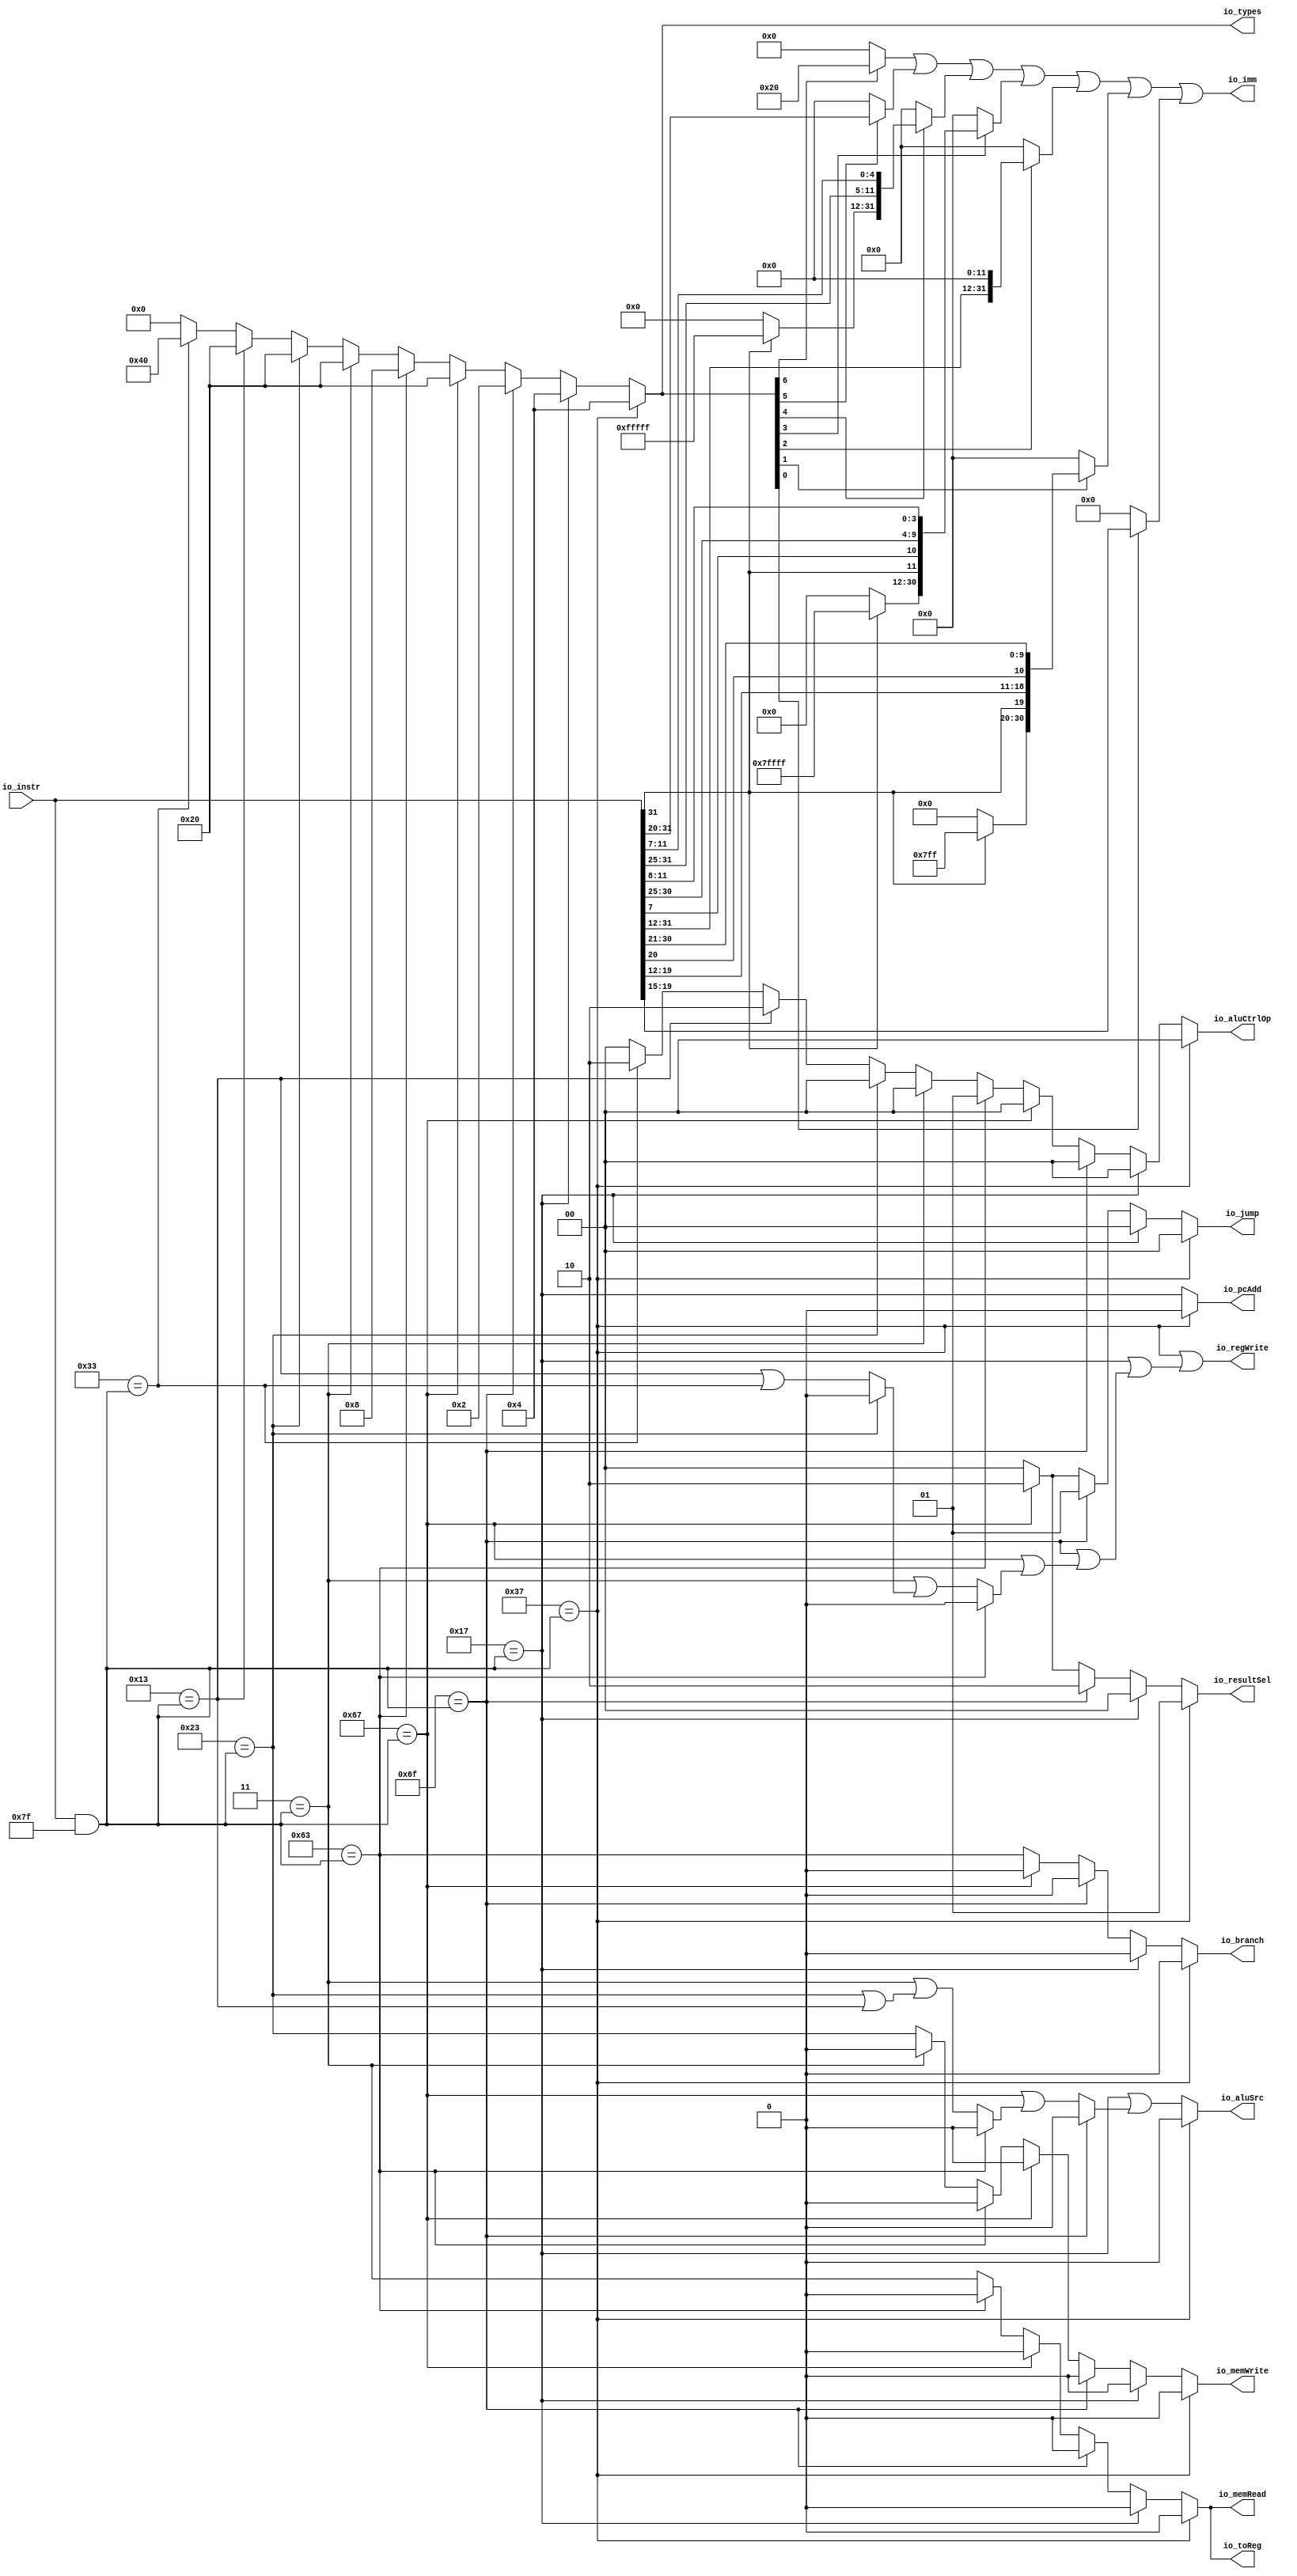
module Decode(
  input  [31:0] io_instr,
  output        io_branch,
  output [1:0]  io_jump,
  output        io_memRead,
  output        io_memWrite,
  output        io_regWrite,
  output        io_toReg,
  output [1:0]  io_resultSel,
  output        io_aluSrc,
  output        io_pcAdd,
  output [6:0]  io_types,
  output [1:0]  io_aluCtrlOp,
  output [31:0] io_imm
);
  wire [31:0] _signals_T = io_instr & 32'h7f; // @[Lookup.scala 31:38]
  wire  _signals_T_1 = 32'h37 == _signals_T; // @[Lookup.scala 31:38]
  wire  _signals_T_3 = 32'h17 == _signals_T; // @[Lookup.scala 31:38]
  wire  _signals_T_5 = 32'h6f == _signals_T; // @[Lookup.scala 31:38]
  wire  _signals_T_7 = 32'h67 == _signals_T; // @[Lookup.scala 31:38]
  wire  _signals_T_9 = 32'h63 == _signals_T; // @[Lookup.scala 31:38]
  wire  _signals_T_11 = 32'h3 == _signals_T; // @[Lookup.scala 31:38]
  wire  _signals_T_13 = 32'h23 == _signals_T; // @[Lookup.scala 31:38]
  wire  _signals_T_15 = 32'h13 == _signals_T; // @[Lookup.scala 31:38]
  wire  _signals_T_17 = 32'h33 == _signals_T; // @[Lookup.scala 31:38]
  wire  _signals_T_23 = _signals_T_7 ? 1'h0 : _signals_T_9; // @[Lookup.scala 33:37]
  wire  _signals_T_24 = _signals_T_5 ? 1'h0 : _signals_T_23; // @[Lookup.scala 33:37]
  wire  _signals_T_25 = _signals_T_3 ? 1'h0 : _signals_T_24; // @[Lookup.scala 33:37]
  wire [1:0] _signals_T_31 = _signals_T_7 ? 2'h2 : 2'h0; // @[Lookup.scala 33:37]
  wire [1:0] _signals_T_32 = _signals_T_5 ? 2'h1 : _signals_T_31; // @[Lookup.scala 33:37]
  wire [1:0] _signals_T_33 = _signals_T_3 ? 2'h0 : _signals_T_32; // @[Lookup.scala 33:37]
  wire  _signals_T_38 = _signals_T_9 ? 1'h0 : _signals_T_11; // @[Lookup.scala 33:37]
  wire  _signals_T_39 = _signals_T_7 ? 1'h0 : _signals_T_38; // @[Lookup.scala 33:37]
  wire  _signals_T_40 = _signals_T_5 ? 1'h0 : _signals_T_39; // @[Lookup.scala 33:37]
  wire  _signals_T_41 = _signals_T_3 ? 1'h0 : _signals_T_40; // @[Lookup.scala 33:37]
  wire  _signals_T_45 = _signals_T_11 ? 1'h0 : _signals_T_13; // @[Lookup.scala 33:37]
  wire  _signals_T_46 = _signals_T_9 ? 1'h0 : _signals_T_45; // @[Lookup.scala 33:37]
  wire  _signals_T_47 = _signals_T_7 ? 1'h0 : _signals_T_46; // @[Lookup.scala 33:37]
  wire  _signals_T_48 = _signals_T_5 ? 1'h0 : _signals_T_47; // @[Lookup.scala 33:37]
  wire  _signals_T_49 = _signals_T_3 ? 1'h0 : _signals_T_48; // @[Lookup.scala 33:37]
  wire  _signals_T_52 = _signals_T_13 ? 1'h0 : _signals_T_15 | _signals_T_17; // @[Lookup.scala 33:37]
  wire  _signals_T_54 = _signals_T_9 ? 1'h0 : _signals_T_11 | _signals_T_52; // @[Lookup.scala 33:37]
  wire [1:0] _signals_T_72 = _signals_T_5 ? 2'h2 : _signals_T_31; // @[Lookup.scala 33:37]
  wire [1:0] _signals_T_73 = _signals_T_3 ? 2'h0 : _signals_T_72; // @[Lookup.scala 33:37]
  wire  _signals_T_78 = _signals_T_9 ? 1'h0 : _signals_T_11 | (_signals_T_13 | _signals_T_15); // @[Lookup.scala 33:37]
  wire  _signals_T_80 = _signals_T_5 ? 1'h0 : _signals_T_7 | _signals_T_78; // @[Lookup.scala 33:37]
  wire [6:0] _signals_T_90 = _signals_T_17 ? 7'h40 : 7'h0; // @[Lookup.scala 33:37]
  wire [6:0] _signals_T_91 = _signals_T_15 ? 7'h20 : _signals_T_90; // @[Lookup.scala 33:37]
  wire [6:0] _signals_T_92 = _signals_T_13 ? 7'h20 : _signals_T_91; // @[Lookup.scala 33:37]
  wire [6:0] _signals_T_93 = _signals_T_11 ? 7'h20 : _signals_T_92; // @[Lookup.scala 33:37]
  wire [6:0] _signals_T_94 = _signals_T_9 ? 7'h8 : _signals_T_93; // @[Lookup.scala 33:37]
  wire [6:0] _signals_T_95 = _signals_T_7 ? 7'h20 : _signals_T_94; // @[Lookup.scala 33:37]
  wire [6:0] _signals_T_96 = _signals_T_5 ? 7'h2 : _signals_T_95; // @[Lookup.scala 33:37]
  wire [6:0] _signals_T_97 = _signals_T_3 ? 7'h4 : _signals_T_96; // @[Lookup.scala 33:37]
  wire [1:0] _signals_T_98 = _signals_T_17 ? 2'h2 : 2'h0; // @[Lookup.scala 33:37]
  wire [1:0] _signals_T_99 = _signals_T_15 ? 2'h2 : _signals_T_98; // @[Lookup.scala 33:37]
  wire [1:0] _signals_T_100 = _signals_T_13 ? 2'h0 : _signals_T_99; // @[Lookup.scala 33:37]
  wire [1:0] _signals_T_101 = _signals_T_11 ? 2'h0 : _signals_T_100; // @[Lookup.scala 33:37]
  wire [1:0] _signals_T_102 = _signals_T_9 ? 2'h1 : _signals_T_101; // @[Lookup.scala 33:37]
  wire [1:0] _signals_T_103 = _signals_T_7 ? 2'h0 : _signals_T_102; // @[Lookup.scala 33:37]
  wire [1:0] _signals_T_104 = _signals_T_5 ? 2'h0 : _signals_T_103; // @[Lookup.scala 33:37]
  wire [1:0] _signals_T_105 = _signals_T_3 ? 2'h0 : _signals_T_104; // @[Lookup.scala 33:37]
  wire [11:0] _io_imm_T_4 = io_instr[31:20]; // @[Decode.scala 71:58]
  wire [19:0] io_imm_hi_hi = io_instr[31] ? 20'hfffff : 20'h0; // @[Bitwise.scala 72:12]
  wire [6:0] io_imm_hi_lo = io_instr[31:25]; // @[Decode.scala 72:70]
  wire [4:0] io_imm_lo = io_instr[11:7]; // @[Decode.scala 72:88]
  wire [31:0] _io_imm_T_8 = {io_imm_hi_hi,io_imm_hi_lo,io_imm_lo}; // @[Cat.scala 30:58]
  wire [18:0] io_imm_hi_hi_hi = io_instr[31] ? 19'h7ffff : 19'h0; // @[Bitwise.scala 72:12]
  wire  io_imm_hi_lo_1 = io_instr[7]; // @[Decode.scala 73:84]
  wire [5:0] io_imm_lo_hi = io_instr[30:25]; // @[Decode.scala 73:97]
  wire [3:0] io_imm_lo_lo = io_instr[11:8]; // @[Decode.scala 73:115]
  wire [30:0] _io_imm_T_12 = {io_imm_hi_hi_hi,io_instr[31],io_imm_hi_lo_1,io_imm_lo_hi,io_imm_lo_lo}; // @[Cat.scala 30:58]
  wire [19:0] io_imm_hi_2 = io_instr[31:12]; // @[Decode.scala 74:46]
  wire [31:0] _io_imm_T_14 = {io_imm_hi_2,12'h0}; // @[Cat.scala 30:58]
  wire [10:0] io_imm_hi_hi_hi_1 = io_instr[31] ? 11'h7ff : 11'h0; // @[Bitwise.scala 72:12]
  wire [7:0] io_imm_hi_lo_2 = io_instr[19:12]; // @[Decode.scala 75:84]
  wire  io_imm_lo_hi_1 = io_instr[20]; // @[Decode.scala 75:102]
  wire [9:0] io_imm_lo_lo_1 = io_instr[30:21]; // @[Decode.scala 75:116]
  wire [30:0] _io_imm_T_18 = {io_imm_hi_hi_hi_1,io_instr[31],io_imm_hi_lo_2,io_imm_lo_hi_1,io_imm_lo_lo_1}; // @[Cat.scala 30:58]
  wire [5:0] _io_imm_T_22 = {1'b0,$signed(io_instr[19:15])}; // @[Decode.scala 76:56]
  wire [5:0] _io_imm_T_23 = io_types[6] ? 6'h20 : 6'h0; // @[Mux.scala 27:72]
  wire [11:0] _io_imm_T_24 = io_types[5] ? _io_imm_T_4 : 12'h0; // @[Mux.scala 27:72]
  wire [31:0] _io_imm_T_25 = io_types[4] ? _io_imm_T_8 : 32'h0; // @[Mux.scala 27:72]
  wire [30:0] _io_imm_T_26 = io_types[3] ? _io_imm_T_12 : 31'h0; // @[Mux.scala 27:72]
  wire [31:0] _io_imm_T_27 = io_types[2] ? _io_imm_T_14 : 32'h0; // @[Mux.scala 27:72]
  wire [30:0] _io_imm_T_28 = io_types[1] ? _io_imm_T_18 : 31'h0; // @[Mux.scala 27:72]
  wire [5:0] _io_imm_T_29 = io_types[0] ? _io_imm_T_22 : 6'h0; // @[Mux.scala 27:72]
  wire [11:0] _GEN_0 = {{6'd0}, _io_imm_T_23}; // @[Mux.scala 27:72]
  wire [11:0] _io_imm_T_30 = _GEN_0 | _io_imm_T_24; // @[Mux.scala 27:72]
  wire [31:0] _GEN_1 = {{20'd0}, _io_imm_T_30}; // @[Mux.scala 27:72]
  wire [31:0] _io_imm_T_31 = _GEN_1 | _io_imm_T_25; // @[Mux.scala 27:72]
  wire [31:0] _GEN_2 = {{1'd0}, _io_imm_T_26}; // @[Mux.scala 27:72]
  wire [31:0] _io_imm_T_32 = _io_imm_T_31 | _GEN_2; // @[Mux.scala 27:72]
  wire [31:0] _io_imm_T_33 = _io_imm_T_32 | _io_imm_T_27; // @[Mux.scala 27:72]
  wire [31:0] _GEN_3 = {{1'd0}, _io_imm_T_28}; // @[Mux.scala 27:72]
  wire [31:0] _io_imm_T_34 = _io_imm_T_33 | _GEN_3; // @[Mux.scala 27:72]
  wire [31:0] _GEN_4 = {{26'd0}, _io_imm_T_29}; // @[Mux.scala 27:72]
  assign io_branch = _signals_T_1 ? 1'h0 : _signals_T_25; // @[Lookup.scala 33:37]
  assign io_jump = _signals_T_1 ? 2'h0 : _signals_T_33; // @[Lookup.scala 33:37]
  assign io_memRead = _signals_T_1 ? 1'h0 : _signals_T_41; // @[Lookup.scala 33:37]
  assign io_memWrite = _signals_T_1 ? 1'h0 : _signals_T_49; // @[Lookup.scala 33:37]
  assign io_regWrite = _signals_T_1 | (_signals_T_3 | (_signals_T_5 | (_signals_T_7 | _signals_T_54))); // @[Lookup.scala 33:37]
  assign io_toReg = _signals_T_1 ? 1'h0 : _signals_T_41; // @[Lookup.scala 33:37]
  assign io_resultSel = _signals_T_1 ? 2'h1 : _signals_T_73; // @[Lookup.scala 33:37]
  assign io_aluSrc = _signals_T_1 ? 1'h0 : _signals_T_3 | _signals_T_80; // @[Lookup.scala 33:37]
  assign io_pcAdd = _signals_T_1 ? 1'h0 : _signals_T_3; // @[Lookup.scala 33:37]
  assign io_types = _signals_T_1 ? 7'h4 : _signals_T_97; // @[Lookup.scala 33:37]
  assign io_aluCtrlOp = _signals_T_1 ? 2'h0 : _signals_T_105; // @[Lookup.scala 33:37]
  assign io_imm = _io_imm_T_34 | _GEN_4; // @[Mux.scala 27:72]
endmodule
module RegFile(
  input         clock,
  input         reset,
  input  [4:0]  io_regRAddr1,
  input  [4:0]  io_regRAddr2,
  input  [4:0]  io_regWAddr,
  input  [31:0] io_regWData,
  input         io_wen,
  output [31:0] io_regRData1,
  output [31:0] io_regRData2
);
`ifdef RANDOMIZE_REG_INIT
  reg [31:0] _RAND_0;
  reg [31:0] _RAND_1;
  reg [31:0] _RAND_2;
  reg [31:0] _RAND_3;
  reg [31:0] _RAND_4;
  reg [31:0] _RAND_5;
  reg [31:0] _RAND_6;
  reg [31:0] _RAND_7;
  reg [31:0] _RAND_8;
  reg [31:0] _RAND_9;
  reg [31:0] _RAND_10;
  reg [31:0] _RAND_11;
  reg [31:0] _RAND_12;
  reg [31:0] _RAND_13;
  reg [31:0] _RAND_14;
  reg [31:0] _RAND_15;
  reg [31:0] _RAND_16;
  reg [31:0] _RAND_17;
  reg [31:0] _RAND_18;
  reg [31:0] _RAND_19;
  reg [31:0] _RAND_20;
  reg [31:0] _RAND_21;
  reg [31:0] _RAND_22;
  reg [31:0] _RAND_23;
  reg [31:0] _RAND_24;
  reg [31:0] _RAND_25;
  reg [31:0] _RAND_26;
  reg [31:0] _RAND_27;
  reg [31:0] _RAND_28;
  reg [31:0] _RAND_29;
  reg [31:0] _RAND_30;
`endif // RANDOMIZE_REG_INIT
  reg [31:0] regs_0; // @[RegFile.scala 19:23]
  reg [31:0] regs_1; // @[RegFile.scala 19:23]
  reg [31:0] regs_2; // @[RegFile.scala 19:23]
  reg [31:0] regs_3; // @[RegFile.scala 19:23]
  reg [31:0] regs_4; // @[RegFile.scala 19:23]
  reg [31:0] regs_5; // @[RegFile.scala 19:23]
  reg [31:0] regs_6; // @[RegFile.scala 19:23]
  reg [31:0] regs_7; // @[RegFile.scala 19:23]
  reg [31:0] regs_8; // @[RegFile.scala 19:23]
  reg [31:0] regs_9; // @[RegFile.scala 19:23]
  reg [31:0] regs_10; // @[RegFile.scala 19:23]
  reg [31:0] regs_11; // @[RegFile.scala 19:23]
  reg [31:0] regs_12; // @[RegFile.scala 19:23]
  reg [31:0] regs_13; // @[RegFile.scala 19:23]
  reg [31:0] regs_14; // @[RegFile.scala 19:23]
  reg [31:0] regs_15; // @[RegFile.scala 19:23]
  reg [31:0] regs_16; // @[RegFile.scala 19:23]
  reg [31:0] regs_17; // @[RegFile.scala 19:23]
  reg [31:0] regs_18; // @[RegFile.scala 19:23]
  reg [31:0] regs_19; // @[RegFile.scala 19:23]
  reg [31:0] regs_20; // @[RegFile.scala 19:23]
  reg [31:0] regs_21; // @[RegFile.scala 19:23]
  reg [31:0] regs_22; // @[RegFile.scala 19:23]
  reg [31:0] regs_23; // @[RegFile.scala 19:23]
  reg [31:0] regs_24; // @[RegFile.scala 19:23]
  reg [31:0] regs_25; // @[RegFile.scala 19:23]
  reg [31:0] regs_26; // @[RegFile.scala 19:23]
  reg [31:0] regs_27; // @[RegFile.scala 19:23]
  reg [31:0] regs_28; // @[RegFile.scala 19:23]
  reg [31:0] regs_29; // @[RegFile.scala 19:23]
  reg [31:0] regs_30; // @[RegFile.scala 19:23]
  wire [31:0] _GEN_1 = 5'h1 == io_regRAddr1 ? regs_1 : regs_0; // @[RegFile.scala 21:24 RegFile.scala 21:24]
  wire [31:0] _GEN_2 = 5'h2 == io_regRAddr1 ? regs_2 : _GEN_1; // @[RegFile.scala 21:24 RegFile.scala 21:24]
  wire [31:0] _GEN_3 = 5'h3 == io_regRAddr1 ? regs_3 : _GEN_2; // @[RegFile.scala 21:24 RegFile.scala 21:24]
  wire [31:0] _GEN_4 = 5'h4 == io_regRAddr1 ? regs_4 : _GEN_3; // @[RegFile.scala 21:24 RegFile.scala 21:24]
  wire [31:0] _GEN_5 = 5'h5 == io_regRAddr1 ? regs_5 : _GEN_4; // @[RegFile.scala 21:24 RegFile.scala 21:24]
  wire [31:0] _GEN_6 = 5'h6 == io_regRAddr1 ? regs_6 : _GEN_5; // @[RegFile.scala 21:24 RegFile.scala 21:24]
  wire [31:0] _GEN_7 = 5'h7 == io_regRAddr1 ? regs_7 : _GEN_6; // @[RegFile.scala 21:24 RegFile.scala 21:24]
  wire [31:0] _GEN_8 = 5'h8 == io_regRAddr1 ? regs_8 : _GEN_7; // @[RegFile.scala 21:24 RegFile.scala 21:24]
  wire [31:0] _GEN_9 = 5'h9 == io_regRAddr1 ? regs_9 : _GEN_8; // @[RegFile.scala 21:24 RegFile.scala 21:24]
  wire [31:0] _GEN_10 = 5'ha == io_regRAddr1 ? regs_10 : _GEN_9; // @[RegFile.scala 21:24 RegFile.scala 21:24]
  wire [31:0] _GEN_11 = 5'hb == io_regRAddr1 ? regs_11 : _GEN_10; // @[RegFile.scala 21:24 RegFile.scala 21:24]
  wire [31:0] _GEN_12 = 5'hc == io_regRAddr1 ? regs_12 : _GEN_11; // @[RegFile.scala 21:24 RegFile.scala 21:24]
  wire [31:0] _GEN_13 = 5'hd == io_regRAddr1 ? regs_13 : _GEN_12; // @[RegFile.scala 21:24 RegFile.scala 21:24]
  wire [31:0] _GEN_14 = 5'he == io_regRAddr1 ? regs_14 : _GEN_13; // @[RegFile.scala 21:24 RegFile.scala 21:24]
  wire [31:0] _GEN_15 = 5'hf == io_regRAddr1 ? regs_15 : _GEN_14; // @[RegFile.scala 21:24 RegFile.scala 21:24]
  wire [31:0] _GEN_16 = 5'h10 == io_regRAddr1 ? regs_16 : _GEN_15; // @[RegFile.scala 21:24 RegFile.scala 21:24]
  wire [31:0] _GEN_17 = 5'h11 == io_regRAddr1 ? regs_17 : _GEN_16; // @[RegFile.scala 21:24 RegFile.scala 21:24]
  wire [31:0] _GEN_18 = 5'h12 == io_regRAddr1 ? regs_18 : _GEN_17; // @[RegFile.scala 21:24 RegFile.scala 21:24]
  wire [31:0] _GEN_19 = 5'h13 == io_regRAddr1 ? regs_19 : _GEN_18; // @[RegFile.scala 21:24 RegFile.scala 21:24]
  wire [31:0] _GEN_20 = 5'h14 == io_regRAddr1 ? regs_20 : _GEN_19; // @[RegFile.scala 21:24 RegFile.scala 21:24]
  wire [31:0] _GEN_21 = 5'h15 == io_regRAddr1 ? regs_21 : _GEN_20; // @[RegFile.scala 21:24 RegFile.scala 21:24]
  wire [31:0] _GEN_22 = 5'h16 == io_regRAddr1 ? regs_22 : _GEN_21; // @[RegFile.scala 21:24 RegFile.scala 21:24]
  wire [31:0] _GEN_23 = 5'h17 == io_regRAddr1 ? regs_23 : _GEN_22; // @[RegFile.scala 21:24 RegFile.scala 21:24]
  wire [31:0] _GEN_24 = 5'h18 == io_regRAddr1 ? regs_24 : _GEN_23; // @[RegFile.scala 21:24 RegFile.scala 21:24]
  wire [31:0] _GEN_25 = 5'h19 == io_regRAddr1 ? regs_25 : _GEN_24; // @[RegFile.scala 21:24 RegFile.scala 21:24]
  wire [31:0] _GEN_26 = 5'h1a == io_regRAddr1 ? regs_26 : _GEN_25; // @[RegFile.scala 21:24 RegFile.scala 21:24]
  wire [31:0] _GEN_27 = 5'h1b == io_regRAddr1 ? regs_27 : _GEN_26; // @[RegFile.scala 21:24 RegFile.scala 21:24]
  wire [31:0] _GEN_28 = 5'h1c == io_regRAddr1 ? regs_28 : _GEN_27; // @[RegFile.scala 21:24 RegFile.scala 21:24]
  wire [31:0] _GEN_29 = 5'h1d == io_regRAddr1 ? regs_29 : _GEN_28; // @[RegFile.scala 21:24 RegFile.scala 21:24]
  wire [31:0] _GEN_30 = 5'h1e == io_regRAddr1 ? regs_30 : _GEN_29; // @[RegFile.scala 21:24 RegFile.scala 21:24]
  wire [31:0] _GEN_32 = 5'h1 == io_regRAddr2 ? regs_1 : regs_0; // @[RegFile.scala 22:24 RegFile.scala 22:24]
  wire [31:0] _GEN_33 = 5'h2 == io_regRAddr2 ? regs_2 : _GEN_32; // @[RegFile.scala 22:24 RegFile.scala 22:24]
  wire [31:0] _GEN_34 = 5'h3 == io_regRAddr2 ? regs_3 : _GEN_33; // @[RegFile.scala 22:24 RegFile.scala 22:24]
  wire [31:0] _GEN_35 = 5'h4 == io_regRAddr2 ? regs_4 : _GEN_34; // @[RegFile.scala 22:24 RegFile.scala 22:24]
  wire [31:0] _GEN_36 = 5'h5 == io_regRAddr2 ? regs_5 : _GEN_35; // @[RegFile.scala 22:24 RegFile.scala 22:24]
  wire [31:0] _GEN_37 = 5'h6 == io_regRAddr2 ? regs_6 : _GEN_36; // @[RegFile.scala 22:24 RegFile.scala 22:24]
  wire [31:0] _GEN_38 = 5'h7 == io_regRAddr2 ? regs_7 : _GEN_37; // @[RegFile.scala 22:24 RegFile.scala 22:24]
  wire [31:0] _GEN_39 = 5'h8 == io_regRAddr2 ? regs_8 : _GEN_38; // @[RegFile.scala 22:24 RegFile.scala 22:24]
  wire [31:0] _GEN_40 = 5'h9 == io_regRAddr2 ? regs_9 : _GEN_39; // @[RegFile.scala 22:24 RegFile.scala 22:24]
  wire [31:0] _GEN_41 = 5'ha == io_regRAddr2 ? regs_10 : _GEN_40; // @[RegFile.scala 22:24 RegFile.scala 22:24]
  wire [31:0] _GEN_42 = 5'hb == io_regRAddr2 ? regs_11 : _GEN_41; // @[RegFile.scala 22:24 RegFile.scala 22:24]
  wire [31:0] _GEN_43 = 5'hc == io_regRAddr2 ? regs_12 : _GEN_42; // @[RegFile.scala 22:24 RegFile.scala 22:24]
  wire [31:0] _GEN_44 = 5'hd == io_regRAddr2 ? regs_13 : _GEN_43; // @[RegFile.scala 22:24 RegFile.scala 22:24]
  wire [31:0] _GEN_45 = 5'he == io_regRAddr2 ? regs_14 : _GEN_44; // @[RegFile.scala 22:24 RegFile.scala 22:24]
  wire [31:0] _GEN_46 = 5'hf == io_regRAddr2 ? regs_15 : _GEN_45; // @[RegFile.scala 22:24 RegFile.scala 22:24]
  wire [31:0] _GEN_47 = 5'h10 == io_regRAddr2 ? regs_16 : _GEN_46; // @[RegFile.scala 22:24 RegFile.scala 22:24]
  wire [31:0] _GEN_48 = 5'h11 == io_regRAddr2 ? regs_17 : _GEN_47; // @[RegFile.scala 22:24 RegFile.scala 22:24]
  wire [31:0] _GEN_49 = 5'h12 == io_regRAddr2 ? regs_18 : _GEN_48; // @[RegFile.scala 22:24 RegFile.scala 22:24]
  wire [31:0] _GEN_50 = 5'h13 == io_regRAddr2 ? regs_19 : _GEN_49; // @[RegFile.scala 22:24 RegFile.scala 22:24]
  wire [31:0] _GEN_51 = 5'h14 == io_regRAddr2 ? regs_20 : _GEN_50; // @[RegFile.scala 22:24 RegFile.scala 22:24]
  wire [31:0] _GEN_52 = 5'h15 == io_regRAddr2 ? regs_21 : _GEN_51; // @[RegFile.scala 22:24 RegFile.scala 22:24]
  wire [31:0] _GEN_53 = 5'h16 == io_regRAddr2 ? regs_22 : _GEN_52; // @[RegFile.scala 22:24 RegFile.scala 22:24]
  wire [31:0] _GEN_54 = 5'h17 == io_regRAddr2 ? regs_23 : _GEN_53; // @[RegFile.scala 22:24 RegFile.scala 22:24]
  wire [31:0] _GEN_55 = 5'h18 == io_regRAddr2 ? regs_24 : _GEN_54; // @[RegFile.scala 22:24 RegFile.scala 22:24]
  wire [31:0] _GEN_56 = 5'h19 == io_regRAddr2 ? regs_25 : _GEN_55; // @[RegFile.scala 22:24 RegFile.scala 22:24]
  wire [31:0] _GEN_57 = 5'h1a == io_regRAddr2 ? regs_26 : _GEN_56; // @[RegFile.scala 22:24 RegFile.scala 22:24]
  wire [31:0] _GEN_58 = 5'h1b == io_regRAddr2 ? regs_27 : _GEN_57; // @[RegFile.scala 22:24 RegFile.scala 22:24]
  wire [31:0] _GEN_59 = 5'h1c == io_regRAddr2 ? regs_28 : _GEN_58; // @[RegFile.scala 22:24 RegFile.scala 22:24]
  wire [31:0] _GEN_60 = 5'h1d == io_regRAddr2 ? regs_29 : _GEN_59; // @[RegFile.scala 22:24 RegFile.scala 22:24]
  wire [31:0] _GEN_61 = 5'h1e == io_regRAddr2 ? regs_30 : _GEN_60; // @[RegFile.scala 22:24 RegFile.scala 22:24]
  assign io_regRData1 = |io_regRAddr1 ? _GEN_30 : 32'h0; // @[RegFile.scala 21:24]
  assign io_regRData2 = |io_regRAddr2 ? _GEN_61 : 32'h0; // @[RegFile.scala 22:24]
  always @(posedge clock) begin
    if (reset) begin // @[RegFile.scala 19:23]
      regs_0 <= 32'h0; // @[RegFile.scala 19:23]
    end else if (io_wen) begin // @[RegFile.scala 23:17]
      if (|io_regWAddr) begin // @[RegFile.scala 24:30]
        if (5'h0 == io_regWAddr) begin // @[RegFile.scala 25:31]
          regs_0 <= io_regWData; // @[RegFile.scala 25:31]
        end
      end
    end
    if (reset) begin // @[RegFile.scala 19:23]
      regs_1 <= 32'h0; // @[RegFile.scala 19:23]
    end else if (io_wen) begin // @[RegFile.scala 23:17]
      if (|io_regWAddr) begin // @[RegFile.scala 24:30]
        if (5'h1 == io_regWAddr) begin // @[RegFile.scala 25:31]
          regs_1 <= io_regWData; // @[RegFile.scala 25:31]
        end
      end
    end
    if (reset) begin // @[RegFile.scala 19:23]
      regs_2 <= 32'h0; // @[RegFile.scala 19:23]
    end else if (io_wen) begin // @[RegFile.scala 23:17]
      if (|io_regWAddr) begin // @[RegFile.scala 24:30]
        if (5'h2 == io_regWAddr) begin // @[RegFile.scala 25:31]
          regs_2 <= io_regWData; // @[RegFile.scala 25:31]
        end
      end
    end
    if (reset) begin // @[RegFile.scala 19:23]
      regs_3 <= 32'h0; // @[RegFile.scala 19:23]
    end else if (io_wen) begin // @[RegFile.scala 23:17]
      if (|io_regWAddr) begin // @[RegFile.scala 24:30]
        if (5'h3 == io_regWAddr) begin // @[RegFile.scala 25:31]
          regs_3 <= io_regWData; // @[RegFile.scala 25:31]
        end
      end
    end
    if (reset) begin // @[RegFile.scala 19:23]
      regs_4 <= 32'h0; // @[RegFile.scala 19:23]
    end else if (io_wen) begin // @[RegFile.scala 23:17]
      if (|io_regWAddr) begin // @[RegFile.scala 24:30]
        if (5'h4 == io_regWAddr) begin // @[RegFile.scala 25:31]
          regs_4 <= io_regWData; // @[RegFile.scala 25:31]
        end
      end
    end
    if (reset) begin // @[RegFile.scala 19:23]
      regs_5 <= 32'h0; // @[RegFile.scala 19:23]
    end else if (io_wen) begin // @[RegFile.scala 23:17]
      if (|io_regWAddr) begin // @[RegFile.scala 24:30]
        if (5'h5 == io_regWAddr) begin // @[RegFile.scala 25:31]
          regs_5 <= io_regWData; // @[RegFile.scala 25:31]
        end
      end
    end
    if (reset) begin // @[RegFile.scala 19:23]
      regs_6 <= 32'h0; // @[RegFile.scala 19:23]
    end else if (io_wen) begin // @[RegFile.scala 23:17]
      if (|io_regWAddr) begin // @[RegFile.scala 24:30]
        if (5'h6 == io_regWAddr) begin // @[RegFile.scala 25:31]
          regs_6 <= io_regWData; // @[RegFile.scala 25:31]
        end
      end
    end
    if (reset) begin // @[RegFile.scala 19:23]
      regs_7 <= 32'h0; // @[RegFile.scala 19:23]
    end else if (io_wen) begin // @[RegFile.scala 23:17]
      if (|io_regWAddr) begin // @[RegFile.scala 24:30]
        if (5'h7 == io_regWAddr) begin // @[RegFile.scala 25:31]
          regs_7 <= io_regWData; // @[RegFile.scala 25:31]
        end
      end
    end
    if (reset) begin // @[RegFile.scala 19:23]
      regs_8 <= 32'h0; // @[RegFile.scala 19:23]
    end else if (io_wen) begin // @[RegFile.scala 23:17]
      if (|io_regWAddr) begin // @[RegFile.scala 24:30]
        if (5'h8 == io_regWAddr) begin // @[RegFile.scala 25:31]
          regs_8 <= io_regWData; // @[RegFile.scala 25:31]
        end
      end
    end
    if (reset) begin // @[RegFile.scala 19:23]
      regs_9 <= 32'h0; // @[RegFile.scala 19:23]
    end else if (io_wen) begin // @[RegFile.scala 23:17]
      if (|io_regWAddr) begin // @[RegFile.scala 24:30]
        if (5'h9 == io_regWAddr) begin // @[RegFile.scala 25:31]
          regs_9 <= io_regWData; // @[RegFile.scala 25:31]
        end
      end
    end
    if (reset) begin // @[RegFile.scala 19:23]
      regs_10 <= 32'h0; // @[RegFile.scala 19:23]
    end else if (io_wen) begin // @[RegFile.scala 23:17]
      if (|io_regWAddr) begin // @[RegFile.scala 24:30]
        if (5'ha == io_regWAddr) begin // @[RegFile.scala 25:31]
          regs_10 <= io_regWData; // @[RegFile.scala 25:31]
        end
      end
    end
    if (reset) begin // @[RegFile.scala 19:23]
      regs_11 <= 32'h0; // @[RegFile.scala 19:23]
    end else if (io_wen) begin // @[RegFile.scala 23:17]
      if (|io_regWAddr) begin // @[RegFile.scala 24:30]
        if (5'hb == io_regWAddr) begin // @[RegFile.scala 25:31]
          regs_11 <= io_regWData; // @[RegFile.scala 25:31]
        end
      end
    end
    if (reset) begin // @[RegFile.scala 19:23]
      regs_12 <= 32'h0; // @[RegFile.scala 19:23]
    end else if (io_wen) begin // @[RegFile.scala 23:17]
      if (|io_regWAddr) begin // @[RegFile.scala 24:30]
        if (5'hc == io_regWAddr) begin // @[RegFile.scala 25:31]
          regs_12 <= io_regWData; // @[RegFile.scala 25:31]
        end
      end
    end
    if (reset) begin // @[RegFile.scala 19:23]
      regs_13 <= 32'h0; // @[RegFile.scala 19:23]
    end else if (io_wen) begin // @[RegFile.scala 23:17]
      if (|io_regWAddr) begin // @[RegFile.scala 24:30]
        if (5'hd == io_regWAddr) begin // @[RegFile.scala 25:31]
          regs_13 <= io_regWData; // @[RegFile.scala 25:31]
        end
      end
    end
    if (reset) begin // @[RegFile.scala 19:23]
      regs_14 <= 32'h0; // @[RegFile.scala 19:23]
    end else if (io_wen) begin // @[RegFile.scala 23:17]
      if (|io_regWAddr) begin // @[RegFile.scala 24:30]
        if (5'he == io_regWAddr) begin // @[RegFile.scala 25:31]
          regs_14 <= io_regWData; // @[RegFile.scala 25:31]
        end
      end
    end
    if (reset) begin // @[RegFile.scala 19:23]
      regs_15 <= 32'h0; // @[RegFile.scala 19:23]
    end else if (io_wen) begin // @[RegFile.scala 23:17]
      if (|io_regWAddr) begin // @[RegFile.scala 24:30]
        if (5'hf == io_regWAddr) begin // @[RegFile.scala 25:31]
          regs_15 <= io_regWData; // @[RegFile.scala 25:31]
        end
      end
    end
    if (reset) begin // @[RegFile.scala 19:23]
      regs_16 <= 32'h0; // @[RegFile.scala 19:23]
    end else if (io_wen) begin // @[RegFile.scala 23:17]
      if (|io_regWAddr) begin // @[RegFile.scala 24:30]
        if (5'h10 == io_regWAddr) begin // @[RegFile.scala 25:31]
          regs_16 <= io_regWData; // @[RegFile.scala 25:31]
        end
      end
    end
    if (reset) begin // @[RegFile.scala 19:23]
      regs_17 <= 32'h0; // @[RegFile.scala 19:23]
    end else if (io_wen) begin // @[RegFile.scala 23:17]
      if (|io_regWAddr) begin // @[RegFile.scala 24:30]
        if (5'h11 == io_regWAddr) begin // @[RegFile.scala 25:31]
          regs_17 <= io_regWData; // @[RegFile.scala 25:31]
        end
      end
    end
    if (reset) begin // @[RegFile.scala 19:23]
      regs_18 <= 32'h0; // @[RegFile.scala 19:23]
    end else if (io_wen) begin // @[RegFile.scala 23:17]
      if (|io_regWAddr) begin // @[RegFile.scala 24:30]
        if (5'h12 == io_regWAddr) begin // @[RegFile.scala 25:31]
          regs_18 <= io_regWData; // @[RegFile.scala 25:31]
        end
      end
    end
    if (reset) begin // @[RegFile.scala 19:23]
      regs_19 <= 32'h0; // @[RegFile.scala 19:23]
    end else if (io_wen) begin // @[RegFile.scala 23:17]
      if (|io_regWAddr) begin // @[RegFile.scala 24:30]
        if (5'h13 == io_regWAddr) begin // @[RegFile.scala 25:31]
          regs_19 <= io_regWData; // @[RegFile.scala 25:31]
        end
      end
    end
    if (reset) begin // @[RegFile.scala 19:23]
      regs_20 <= 32'h0; // @[RegFile.scala 19:23]
    end else if (io_wen) begin // @[RegFile.scala 23:17]
      if (|io_regWAddr) begin // @[RegFile.scala 24:30]
        if (5'h14 == io_regWAddr) begin // @[RegFile.scala 25:31]
          regs_20 <= io_regWData; // @[RegFile.scala 25:31]
        end
      end
    end
    if (reset) begin // @[RegFile.scala 19:23]
      regs_21 <= 32'h0; // @[RegFile.scala 19:23]
    end else if (io_wen) begin // @[RegFile.scala 23:17]
      if (|io_regWAddr) begin // @[RegFile.scala 24:30]
        if (5'h15 == io_regWAddr) begin // @[RegFile.scala 25:31]
          regs_21 <= io_regWData; // @[RegFile.scala 25:31]
        end
      end
    end
    if (reset) begin // @[RegFile.scala 19:23]
      regs_22 <= 32'h0; // @[RegFile.scala 19:23]
    end else if (io_wen) begin // @[RegFile.scala 23:17]
      if (|io_regWAddr) begin // @[RegFile.scala 24:30]
        if (5'h16 == io_regWAddr) begin // @[RegFile.scala 25:31]
          regs_22 <= io_regWData; // @[RegFile.scala 25:31]
        end
      end
    end
    if (reset) begin // @[RegFile.scala 19:23]
      regs_23 <= 32'h0; // @[RegFile.scala 19:23]
    end else if (io_wen) begin // @[RegFile.scala 23:17]
      if (|io_regWAddr) begin // @[RegFile.scala 24:30]
        if (5'h17 == io_regWAddr) begin // @[RegFile.scala 25:31]
          regs_23 <= io_regWData; // @[RegFile.scala 25:31]
        end
      end
    end
    if (reset) begin // @[RegFile.scala 19:23]
      regs_24 <= 32'h0; // @[RegFile.scala 19:23]
    end else if (io_wen) begin // @[RegFile.scala 23:17]
      if (|io_regWAddr) begin // @[RegFile.scala 24:30]
        if (5'h18 == io_regWAddr) begin // @[RegFile.scala 25:31]
          regs_24 <= io_regWData; // @[RegFile.scala 25:31]
        end
      end
    end
    if (reset) begin // @[RegFile.scala 19:23]
      regs_25 <= 32'h0; // @[RegFile.scala 19:23]
    end else if (io_wen) begin // @[RegFile.scala 23:17]
      if (|io_regWAddr) begin // @[RegFile.scala 24:30]
        if (5'h19 == io_regWAddr) begin // @[RegFile.scala 25:31]
          regs_25 <= io_regWData; // @[RegFile.scala 25:31]
        end
      end
    end
    if (reset) begin // @[RegFile.scala 19:23]
      regs_26 <= 32'h0; // @[RegFile.scala 19:23]
    end else if (io_wen) begin // @[RegFile.scala 23:17]
      if (|io_regWAddr) begin // @[RegFile.scala 24:30]
        if (5'h1a == io_regWAddr) begin // @[RegFile.scala 25:31]
          regs_26 <= io_regWData; // @[RegFile.scala 25:31]
        end
      end
    end
    if (reset) begin // @[RegFile.scala 19:23]
      regs_27 <= 32'h0; // @[RegFile.scala 19:23]
    end else if (io_wen) begin // @[RegFile.scala 23:17]
      if (|io_regWAddr) begin // @[RegFile.scala 24:30]
        if (5'h1b == io_regWAddr) begin // @[RegFile.scala 25:31]
          regs_27 <= io_regWData; // @[RegFile.scala 25:31]
        end
      end
    end
    if (reset) begin // @[RegFile.scala 19:23]
      regs_28 <= 32'h0; // @[RegFile.scala 19:23]
    end else if (io_wen) begin // @[RegFile.scala 23:17]
      if (|io_regWAddr) begin // @[RegFile.scala 24:30]
        if (5'h1c == io_regWAddr) begin // @[RegFile.scala 25:31]
          regs_28 <= io_regWData; // @[RegFile.scala 25:31]
        end
      end
    end
    if (reset) begin // @[RegFile.scala 19:23]
      regs_29 <= 32'h0; // @[RegFile.scala 19:23]
    end else if (io_wen) begin // @[RegFile.scala 23:17]
      if (|io_regWAddr) begin // @[RegFile.scala 24:30]
        if (5'h1d == io_regWAddr) begin // @[RegFile.scala 25:31]
          regs_29 <= io_regWData; // @[RegFile.scala 25:31]
        end
      end
    end
    if (reset) begin // @[RegFile.scala 19:23]
      regs_30 <= 32'h0; // @[RegFile.scala 19:23]
    end else if (io_wen) begin // @[RegFile.scala 23:17]
      if (|io_regWAddr) begin // @[RegFile.scala 24:30]
        if (5'h1e == io_regWAddr) begin // @[RegFile.scala 25:31]
          regs_30 <= io_regWData; // @[RegFile.scala 25:31]
        end
      end
    end
  end
// Register and memory initialization
`ifdef RANDOMIZE_GARBAGE_ASSIGN
`define RANDOMIZE
`endif
`ifdef RANDOMIZE_INVALID_ASSIGN
`define RANDOMIZE
`endif
`ifdef RANDOMIZE_REG_INIT
`define RANDOMIZE
`endif
`ifdef RANDOMIZE_MEM_INIT
`define RANDOMIZE
`endif
`ifndef RANDOM
`define RANDOM $random
`endif
`ifdef RANDOMIZE_MEM_INIT
  integer initvar;
`endif
`ifndef SYNTHESIS
`ifdef FIRRTL_BEFORE_INITIAL
`FIRRTL_BEFORE_INITIAL
`endif
initial begin
  `ifdef RANDOMIZE
    `ifdef INIT_RANDOM
      `INIT_RANDOM
    `endif
    `ifndef VERILATOR
      `ifdef RANDOMIZE_DELAY
        #`RANDOMIZE_DELAY begin end
      `else
        #0.002 begin end
      `endif
    `endif
`ifdef RANDOMIZE_REG_INIT
  _RAND_0 = {1{`RANDOM}};
  regs_0 = _RAND_0[31:0];
  _RAND_1 = {1{`RANDOM}};
  regs_1 = _RAND_1[31:0];
  _RAND_2 = {1{`RANDOM}};
  regs_2 = _RAND_2[31:0];
  _RAND_3 = {1{`RANDOM}};
  regs_3 = _RAND_3[31:0];
  _RAND_4 = {1{`RANDOM}};
  regs_4 = _RAND_4[31:0];
  _RAND_5 = {1{`RANDOM}};
  regs_5 = _RAND_5[31:0];
  _RAND_6 = {1{`RANDOM}};
  regs_6 = _RAND_6[31:0];
  _RAND_7 = {1{`RANDOM}};
  regs_7 = _RAND_7[31:0];
  _RAND_8 = {1{`RANDOM}};
  regs_8 = _RAND_8[31:0];
  _RAND_9 = {1{`RANDOM}};
  regs_9 = _RAND_9[31:0];
  _RAND_10 = {1{`RANDOM}};
  regs_10 = _RAND_10[31:0];
  _RAND_11 = {1{`RANDOM}};
  regs_11 = _RAND_11[31:0];
  _RAND_12 = {1{`RANDOM}};
  regs_12 = _RAND_12[31:0];
  _RAND_13 = {1{`RANDOM}};
  regs_13 = _RAND_13[31:0];
  _RAND_14 = {1{`RANDOM}};
  regs_14 = _RAND_14[31:0];
  _RAND_15 = {1{`RANDOM}};
  regs_15 = _RAND_15[31:0];
  _RAND_16 = {1{`RANDOM}};
  regs_16 = _RAND_16[31:0];
  _RAND_17 = {1{`RANDOM}};
  regs_17 = _RAND_17[31:0];
  _RAND_18 = {1{`RANDOM}};
  regs_18 = _RAND_18[31:0];
  _RAND_19 = {1{`RANDOM}};
  regs_19 = _RAND_19[31:0];
  _RAND_20 = {1{`RANDOM}};
  regs_20 = _RAND_20[31:0];
  _RAND_21 = {1{`RANDOM}};
  regs_21 = _RAND_21[31:0];
  _RAND_22 = {1{`RANDOM}};
  regs_22 = _RAND_22[31:0];
  _RAND_23 = {1{`RANDOM}};
  regs_23 = _RAND_23[31:0];
  _RAND_24 = {1{`RANDOM}};
  regs_24 = _RAND_24[31:0];
  _RAND_25 = {1{`RANDOM}};
  regs_25 = _RAND_25[31:0];
  _RAND_26 = {1{`RANDOM}};
  regs_26 = _RAND_26[31:0];
  _RAND_27 = {1{`RANDOM}};
  regs_27 = _RAND_27[31:0];
  _RAND_28 = {1{`RANDOM}};
  regs_28 = _RAND_28[31:0];
  _RAND_29 = {1{`RANDOM}};
  regs_29 = _RAND_29[31:0];
  _RAND_30 = {1{`RANDOM}};
  regs_30 = _RAND_30[31:0];
`endif // RANDOMIZE_REG_INIT
  `endif // RANDOMIZE
end // initial
`ifdef FIRRTL_AFTER_INITIAL
`FIRRTL_AFTER_INITIAL
`endif
`endif // SYNTHESIS
endmodule
module ALUCtrl(
  input  [2:0] io_funct3,
  input  [6:0] io_funct7,
  input  [1:0] io_aluCtrlOp,
  output [3:0] io_aluOp
);
  wire  io_aluOp_hi = io_funct7[5]; // @[ALUCtrl.scala 34:37]
  wire [3:0] _io_aluOp_T_1 = {io_aluOp_hi,io_funct3}; // @[Cat.scala 30:58]
  wire [3:0] _io_aluOp_T_3 = 3'h0 == io_funct3 ? 4'h9 : 4'hf; // @[Mux.scala 80:57]
  wire [3:0] _io_aluOp_T_5 = 3'h1 == io_funct3 ? 4'ha : _io_aluOp_T_3; // @[Mux.scala 80:57]
  wire [3:0] _io_aluOp_T_7 = 3'h4 == io_funct3 ? 4'h2 : _io_aluOp_T_5; // @[Mux.scala 80:57]
  wire [3:0] _io_aluOp_T_9 = 3'h5 == io_funct3 ? 4'hc : _io_aluOp_T_7; // @[Mux.scala 80:57]
  wire [3:0] _io_aluOp_T_11 = 3'h6 == io_funct3 ? 4'h3 : _io_aluOp_T_9; // @[Mux.scala 80:57]
  wire [3:0] _io_aluOp_T_13 = 3'h7 == io_funct3 ? 4'hb : _io_aluOp_T_11; // @[Mux.scala 80:57]
  wire [4:0] _io_aluOp_T_15 = 2'h0 == io_aluCtrlOp ? 5'h0 : 5'hf; // @[Mux.scala 80:57]
  wire [4:0] _io_aluOp_T_17 = 2'h2 == io_aluCtrlOp ? {{1'd0}, _io_aluOp_T_1} : _io_aluOp_T_15; // @[Mux.scala 80:57]
  wire [4:0] _io_aluOp_T_19 = 2'h1 == io_aluCtrlOp ? {{1'd0}, _io_aluOp_T_13} : _io_aluOp_T_17; // @[Mux.scala 80:57]
  assign io_aluOp = _io_aluOp_T_19[3:0]; // @[ALUCtrl.scala 31:14]
endmodule
module ALU(
  input  [31:0] io_aluIn1,
  input  [31:0] io_aluIn2,
  input  [3:0]  io_aluOp,
  output [31:0] io_aluOut
);
  wire [31:0] _sum_T_4 = 32'h0 - io_aluIn2; // @[ALU.scala 39:61]
  wire [31:0] _sum_T_5 = io_aluOp[3] | io_aluOp[1] ? _sum_T_4 : io_aluIn2; // @[ALU.scala 39:33]
  wire [31:0] sum = io_aluIn1 + _sum_T_5; // @[ALU.scala 39:28]
  wire  neq = |sum; // @[ALU.scala 40:22]
  wire  _cmp_T_7 = io_aluOp[0] ? io_aluIn2[31] : io_aluIn1[31]; // @[ALU.scala 42:21]
  wire  cmp = io_aluIn1[31] == io_aluIn2[31] ? sum[31] : _cmp_T_7; // @[ALU.scala 41:21]
  wire [4:0] shamt = io_aluIn2[4:0]; // @[ALU.scala 43:27]
  wire [31:0] _shin_T_4 = {{16'd0}, io_aluIn1[31:16]}; // @[Bitwise.scala 103:31]
  wire [31:0] _shin_T_6 = {io_aluIn1[15:0], 16'h0}; // @[Bitwise.scala 103:65]
  wire [31:0] _shin_T_8 = _shin_T_6 & 32'hffff0000; // @[Bitwise.scala 103:75]
  wire [31:0] _shin_T_9 = _shin_T_4 | _shin_T_8; // @[Bitwise.scala 103:39]
  wire [31:0] _GEN_0 = {{8'd0}, _shin_T_9[31:8]}; // @[Bitwise.scala 103:31]
  wire [31:0] _shin_T_14 = _GEN_0 & 32'hff00ff; // @[Bitwise.scala 103:31]
  wire [31:0] _shin_T_16 = {_shin_T_9[23:0], 8'h0}; // @[Bitwise.scala 103:65]
  wire [31:0] _shin_T_18 = _shin_T_16 & 32'hff00ff00; // @[Bitwise.scala 103:75]
  wire [31:0] _shin_T_19 = _shin_T_14 | _shin_T_18; // @[Bitwise.scala 103:39]
  wire [31:0] _GEN_1 = {{4'd0}, _shin_T_19[31:4]}; // @[Bitwise.scala 103:31]
  wire [31:0] _shin_T_24 = _GEN_1 & 32'hf0f0f0f; // @[Bitwise.scala 103:31]
  wire [31:0] _shin_T_26 = {_shin_T_19[27:0], 4'h0}; // @[Bitwise.scala 103:65]
  wire [31:0] _shin_T_28 = _shin_T_26 & 32'hf0f0f0f0; // @[Bitwise.scala 103:75]
  wire [31:0] _shin_T_29 = _shin_T_24 | _shin_T_28; // @[Bitwise.scala 103:39]
  wire [31:0] _GEN_2 = {{2'd0}, _shin_T_29[31:2]}; // @[Bitwise.scala 103:31]
  wire [31:0] _shin_T_34 = _GEN_2 & 32'h33333333; // @[Bitwise.scala 103:31]
  wire [31:0] _shin_T_36 = {_shin_T_29[29:0], 2'h0}; // @[Bitwise.scala 103:65]
  wire [31:0] _shin_T_38 = _shin_T_36 & 32'hcccccccc; // @[Bitwise.scala 103:75]
  wire [31:0] _shin_T_39 = _shin_T_34 | _shin_T_38; // @[Bitwise.scala 103:39]
  wire [31:0] _GEN_3 = {{1'd0}, _shin_T_39[31:1]}; // @[Bitwise.scala 103:31]
  wire [31:0] _shin_T_44 = _GEN_3 & 32'h55555555; // @[Bitwise.scala 103:31]
  wire [31:0] _shin_T_46 = {_shin_T_39[30:0], 1'h0}; // @[Bitwise.scala 103:65]
  wire [31:0] _shin_T_48 = _shin_T_46 & 32'haaaaaaaa; // @[Bitwise.scala 103:75]
  wire [31:0] _shin_T_49 = _shin_T_44 | _shin_T_48; // @[Bitwise.scala 103:39]
  wire [31:0] shin = io_aluOp[3] ? io_aluIn1 : _shin_T_49; // @[ALU.scala 44:21]
  wire  shiftr_hi = io_aluOp[0] & shin[31]; // @[ALU.scala 45:35]
  wire [32:0] _shiftr_T_3 = {shiftr_hi,shin}; // @[ALU.scala 45:54]
  wire [32:0] _shiftr_T_4 = $signed(_shiftr_T_3) >>> shamt; // @[ALU.scala 45:61]
  wire [31:0] shiftr = _shiftr_T_4[31:0]; // @[ALU.scala 45:70]
  wire [31:0] _shiftl_T_3 = {{16'd0}, shiftr[31:16]}; // @[Bitwise.scala 103:31]
  wire [31:0] _shiftl_T_5 = {shiftr[15:0], 16'h0}; // @[Bitwise.scala 103:65]
  wire [31:0] _shiftl_T_7 = _shiftl_T_5 & 32'hffff0000; // @[Bitwise.scala 103:75]
  wire [31:0] _shiftl_T_8 = _shiftl_T_3 | _shiftl_T_7; // @[Bitwise.scala 103:39]
  wire [31:0] _GEN_4 = {{8'd0}, _shiftl_T_8[31:8]}; // @[Bitwise.scala 103:31]
  wire [31:0] _shiftl_T_13 = _GEN_4 & 32'hff00ff; // @[Bitwise.scala 103:31]
  wire [31:0] _shiftl_T_15 = {_shiftl_T_8[23:0], 8'h0}; // @[Bitwise.scala 103:65]
  wire [31:0] _shiftl_T_17 = _shiftl_T_15 & 32'hff00ff00; // @[Bitwise.scala 103:75]
  wire [31:0] _shiftl_T_18 = _shiftl_T_13 | _shiftl_T_17; // @[Bitwise.scala 103:39]
  wire [31:0] _GEN_5 = {{4'd0}, _shiftl_T_18[31:4]}; // @[Bitwise.scala 103:31]
  wire [31:0] _shiftl_T_23 = _GEN_5 & 32'hf0f0f0f; // @[Bitwise.scala 103:31]
  wire [31:0] _shiftl_T_25 = {_shiftl_T_18[27:0], 4'h0}; // @[Bitwise.scala 103:65]
  wire [31:0] _shiftl_T_27 = _shiftl_T_25 & 32'hf0f0f0f0; // @[Bitwise.scala 103:75]
  wire [31:0] _shiftl_T_28 = _shiftl_T_23 | _shiftl_T_27; // @[Bitwise.scala 103:39]
  wire [31:0] _GEN_6 = {{2'd0}, _shiftl_T_28[31:2]}; // @[Bitwise.scala 103:31]
  wire [31:0] _shiftl_T_33 = _GEN_6 & 32'h33333333; // @[Bitwise.scala 103:31]
  wire [31:0] _shiftl_T_35 = {_shiftl_T_28[29:0], 2'h0}; // @[Bitwise.scala 103:65]
  wire [31:0] _shiftl_T_37 = _shiftl_T_35 & 32'hcccccccc; // @[Bitwise.scala 103:75]
  wire [31:0] _shiftl_T_38 = _shiftl_T_33 | _shiftl_T_37; // @[Bitwise.scala 103:39]
  wire [31:0] _GEN_7 = {{1'd0}, _shiftl_T_38[31:1]}; // @[Bitwise.scala 103:31]
  wire [31:0] _shiftl_T_43 = _GEN_7 & 32'h55555555; // @[Bitwise.scala 103:31]
  wire [31:0] _shiftl_T_45 = {_shiftl_T_38[30:0], 1'h0}; // @[Bitwise.scala 103:65]
  wire [31:0] _shiftl_T_47 = _shiftl_T_45 & 32'haaaaaaaa; // @[Bitwise.scala 103:75]
  wire [31:0] shiftl = _shiftl_T_43 | _shiftl_T_47; // @[Bitwise.scala 103:39]
  wire [31:0] _out_T = io_aluIn1 ^ io_aluIn2; // @[ALU.scala 55:36]
  wire [31:0] _out_T_1 = io_aluIn1 | io_aluIn2; // @[ALU.scala 58:36]
  wire [31:0] _out_T_2 = io_aluIn1 & io_aluIn2; // @[ALU.scala 59:36]
  wire  _out_T_3 = ~neq; // @[ALU.scala 61:25]
  wire  _out_T_4 = ~cmp; // @[ALU.scala 63:25]
  wire [31:0] _out_T_7 = 4'h0 == io_aluOp ? sum : 32'h0; // @[Mux.scala 80:57]
  wire [31:0] _out_T_9 = 4'h8 == io_aluOp ? sum : _out_T_7; // @[Mux.scala 80:57]
  wire [31:0] _out_T_11 = 4'h1 == io_aluOp ? shiftl : _out_T_9; // @[Mux.scala 80:57]
  wire [31:0] _out_T_13 = 4'h2 == io_aluOp ? {{31'd0}, cmp} : _out_T_11; // @[Mux.scala 80:57]
  wire [31:0] _out_T_15 = 4'h3 == io_aluOp ? {{31'd0}, cmp} : _out_T_13; // @[Mux.scala 80:57]
  wire [31:0] _out_T_17 = 4'h4 == io_aluOp ? _out_T : _out_T_15; // @[Mux.scala 80:57]
  wire [31:0] _out_T_19 = 4'h5 == io_aluOp ? shiftr : _out_T_17; // @[Mux.scala 80:57]
  wire [31:0] _out_T_21 = 4'hd == io_aluOp ? shiftr : _out_T_19; // @[Mux.scala 80:57]
  wire [31:0] _out_T_23 = 4'h6 == io_aluOp ? _out_T_1 : _out_T_21; // @[Mux.scala 80:57]
  wire [31:0] _out_T_25 = 4'h7 == io_aluOp ? _out_T_2 : _out_T_23; // @[Mux.scala 80:57]
  wire [31:0] _out_T_27 = 4'h9 == io_aluOp ? {{31'd0}, _out_T_3} : _out_T_25; // @[Mux.scala 80:57]
  wire [31:0] _out_T_29 = 4'ha == io_aluOp ? {{31'd0}, neq} : _out_T_27; // @[Mux.scala 80:57]
  wire [31:0] _out_T_31 = 4'hc == io_aluOp ? {{31'd0}, _out_T_4} : _out_T_29; // @[Mux.scala 80:57]
  assign io_aluOut = 4'hb == io_aluOp ? {{31'd0}, _out_T_4} : _out_T_31; // @[Mux.scala 80:57]
endmodule
module Adder(
  input  [31:0] io_inputx,
  input  [31:0] io_inputy,
  output [31:0] io_result
);
  assign io_result = io_inputx + io_inputy; // @[Utils.scala 14:26]
endmodule
module SCPU(
  input         clock,
  input         reset,
  output [31:0] io_imem_address,
  output        io_imem_valid,
  input         io_imem_good,
  input  [31:0] io_imem_instruction,
  input         io_imem_ready,
  output [31:0] io_dmem_address,
  output        io_dmem_valid,
  input         io_dmem_good,
  output [31:0] io_dmem_writeData,
  output        io_dmem_memRead,
  output        io_dmem_memWrite,
  output [1:0]  io_dmem_maskMode,
  output        io_dmem_sext,
  input  [31:0] io_dmem_readData
);
`ifdef RANDOMIZE_REG_INIT
  reg [31:0] _RAND_0;
`endif // RANDOMIZE_REG_INIT
  wire [31:0] decode_io_instr; // @[CPU.scala 19:26]
  wire  decode_io_branch; // @[CPU.scala 19:26]
  wire [1:0] decode_io_jump; // @[CPU.scala 19:26]
  wire  decode_io_memRead; // @[CPU.scala 19:26]
  wire  decode_io_memWrite; // @[CPU.scala 19:26]
  wire  decode_io_regWrite; // @[CPU.scala 19:26]
  wire  decode_io_toReg; // @[CPU.scala 19:26]
  wire [1:0] decode_io_resultSel; // @[CPU.scala 19:26]
  wire  decode_io_aluSrc; // @[CPU.scala 19:26]
  wire  decode_io_pcAdd; // @[CPU.scala 19:26]
  wire [6:0] decode_io_types; // @[CPU.scala 19:26]
  wire [1:0] decode_io_aluCtrlOp; // @[CPU.scala 19:26]
  wire [31:0] decode_io_imm; // @[CPU.scala 19:26]
  wire  regFile_clock; // @[CPU.scala 20:26]
  wire  regFile_reset; // @[CPU.scala 20:26]
  wire [4:0] regFile_io_regRAddr1; // @[CPU.scala 20:26]
  wire [4:0] regFile_io_regRAddr2; // @[CPU.scala 20:26]
  wire [4:0] regFile_io_regWAddr; // @[CPU.scala 20:26]
  wire [31:0] regFile_io_regWData; // @[CPU.scala 20:26]
  wire  regFile_io_wen; // @[CPU.scala 20:26]
  wire [31:0] regFile_io_regRData1; // @[CPU.scala 20:26]
  wire [31:0] regFile_io_regRData2; // @[CPU.scala 20:26]
  wire [2:0] aluCtrl_io_funct3; // @[CPU.scala 21:26]
  wire [6:0] aluCtrl_io_funct7; // @[CPU.scala 21:26]
  wire [1:0] aluCtrl_io_aluCtrlOp; // @[CPU.scala 21:26]
  wire [3:0] aluCtrl_io_aluOp; // @[CPU.scala 21:26]
  wire [31:0] alu_io_aluIn1; // @[CPU.scala 22:26]
  wire [31:0] alu_io_aluIn2; // @[CPU.scala 22:26]
  wire [3:0] alu_io_aluOp; // @[CPU.scala 22:26]
  wire [31:0] alu_io_aluOut; // @[CPU.scala 22:26]
  wire [31:0] pcPlus4_io_inputx; // @[CPU.scala 23:26]
  wire [31:0] pcPlus4_io_inputy; // @[CPU.scala 23:26]
  wire [31:0] pcPlus4_io_result; // @[CPU.scala 23:26]
  wire [31:0] brAdd_io_inputx; // @[CPU.scala 24:26]
  wire [31:0] brAdd_io_inputy; // @[CPU.scala 24:26]
  wire [31:0] brAdd_io_result; // @[CPU.scala 24:26]
  reg [31:0] pc; // @[CPU.scala 17:37]
  wire [31:0] _result_T_1 = 2'h0 == decode_io_resultSel ? alu_io_aluOut : 32'h0; // @[Mux.scala 80:57]
  wire [31:0] _result_T_3 = 2'h1 == decode_io_resultSel ? decode_io_imm : _result_T_1; // @[Mux.scala 80:57]
  wire [31:0] result = 2'h2 == decode_io_resultSel ? pcPlus4_io_result : _result_T_3; // @[Mux.scala 80:57]
  wire  _pc_T_1 = decode_io_branch & alu_io_aluOut[0]; // @[CPU.scala 76:27]
  wire  _pc_T_2 = decode_io_jump == 2'h1; // @[CPU.scala 77:25]
  wire  _pc_T_3 = decode_io_jump == 2'h2; // @[CPU.scala 78:25]
  wire [31:0] _pc_T_5 = alu_io_aluOut & 32'hfffffffe; // @[CPU.scala 78:52]
  Decode decode ( // @[CPU.scala 19:26]
    .io_instr(decode_io_instr),
    .io_branch(decode_io_branch),
    .io_jump(decode_io_jump),
    .io_memRead(decode_io_memRead),
    .io_memWrite(decode_io_memWrite),
    .io_regWrite(decode_io_regWrite),
    .io_toReg(decode_io_toReg),
    .io_resultSel(decode_io_resultSel),
    .io_aluSrc(decode_io_aluSrc),
    .io_pcAdd(decode_io_pcAdd),
    .io_types(decode_io_types),
    .io_aluCtrlOp(decode_io_aluCtrlOp),
    .io_imm(decode_io_imm)
  );
  RegFile regFile ( // @[CPU.scala 20:26]
    .clock(regFile_clock),
    .reset(regFile_reset),
    .io_regRAddr1(regFile_io_regRAddr1),
    .io_regRAddr2(regFile_io_regRAddr2),
    .io_regWAddr(regFile_io_regWAddr),
    .io_regWData(regFile_io_regWData),
    .io_wen(regFile_io_wen),
    .io_regRData1(regFile_io_regRData1),
    .io_regRData2(regFile_io_regRData2)
  );
  ALUCtrl aluCtrl ( // @[CPU.scala 21:26]
    .io_funct3(aluCtrl_io_funct3),
    .io_funct7(aluCtrl_io_funct7),
    .io_aluCtrlOp(aluCtrl_io_aluCtrlOp),
    .io_aluOp(aluCtrl_io_aluOp)
  );
  ALU alu ( // @[CPU.scala 22:26]
    .io_aluIn1(alu_io_aluIn1),
    .io_aluIn2(alu_io_aluIn2),
    .io_aluOp(alu_io_aluOp),
    .io_aluOut(alu_io_aluOut)
  );
  Adder pcPlus4 ( // @[CPU.scala 23:26]
    .io_inputx(pcPlus4_io_inputx),
    .io_inputy(pcPlus4_io_inputy),
    .io_result(pcPlus4_io_result)
  );
  Adder brAdd ( // @[CPU.scala 24:26]
    .io_inputx(brAdd_io_inputx),
    .io_inputy(brAdd_io_inputy),
    .io_result(brAdd_io_result)
  );
  assign io_imem_address = pc; // @[CPU.scala 27:21]
  assign io_imem_valid = 1'h1; // @[CPU.scala 28:21]
  assign io_dmem_address = alu_io_aluOut; // @[CPU.scala 57:23]
  assign io_dmem_valid = io_dmem_memRead | io_dmem_memWrite; // @[CPU.scala 63:26]
  assign io_dmem_writeData = regFile_io_regRData2; // @[CPU.scala 58:23]
  assign io_dmem_memRead = decode_io_memRead; // @[CPU.scala 59:23]
  assign io_dmem_memWrite = decode_io_memWrite; // @[CPU.scala 60:23]
  assign io_dmem_maskMode = io_imem_instruction[13:12]; // @[CPU.scala 61:31]
  assign io_dmem_sext = ~io_imem_instruction[14]; // @[CPU.scala 62:26]
  assign decode_io_instr = io_imem_instruction; // @[CPU.scala 40:21]
  assign regFile_clock = clock;
  assign regFile_reset = reset;
  assign regFile_io_regRAddr1 = io_imem_instruction[19:15]; // @[CPU.scala 35:34]
  assign regFile_io_regRAddr2 = io_imem_instruction[24:20]; // @[CPU.scala 36:34]
  assign regFile_io_regWAddr = io_imem_instruction[11:7]; // @[CPU.scala 37:34]
  assign regFile_io_regWData = decode_io_toReg ? io_dmem_readData : result; // @[CPU.scala 69:31]
  assign regFile_io_wen = decode_io_regWrite; // @[CPU.scala 38:26]
  assign aluCtrl_io_funct3 = io_imem_instruction[14:12]; // @[CPU.scala 44:34]
  assign aluCtrl_io_funct7 = io_imem_instruction[31:25]; // @[CPU.scala 45:34]
  assign aluCtrl_io_aluCtrlOp = decode_io_aluCtrlOp; // @[CPU.scala 43:26]
  assign alu_io_aluIn1 = decode_io_pcAdd ? pc : regFile_io_regRData1; // @[CPU.scala 48:25]
  assign alu_io_aluIn2 = decode_io_aluSrc ? decode_io_imm : regFile_io_regRData2; // @[CPU.scala 49:25]
  assign alu_io_aluOp = aluCtrl_io_aluOp; // @[CPU.scala 47:19]
  assign pcPlus4_io_inputx = pc; // @[CPU.scala 30:23]
  assign pcPlus4_io_inputy = 32'h4; // @[CPU.scala 31:23]
  assign brAdd_io_inputx = pc; // @[CPU.scala 71:21]
  assign brAdd_io_inputy = decode_io_imm; // @[CPU.scala 72:21]
  always @(posedge clock) begin
    if (reset) begin // @[CPU.scala 17:37]
      pc <= 32'h0; // @[CPU.scala 17:37]
    end else if (_pc_T_1) begin // @[Mux.scala 98:16]
      pc <= brAdd_io_result;
    end else if (_pc_T_2) begin // @[Mux.scala 98:16]
      pc <= brAdd_io_result;
    end else if (_pc_T_3) begin // @[Mux.scala 98:16]
      pc <= _pc_T_5;
    end else begin
      pc <= pcPlus4_io_result;
    end
  end
// Register and memory initialization
`ifdef RANDOMIZE_GARBAGE_ASSIGN
`define RANDOMIZE
`endif
`ifdef RANDOMIZE_INVALID_ASSIGN
`define RANDOMIZE
`endif
`ifdef RANDOMIZE_REG_INIT
`define RANDOMIZE
`endif
`ifdef RANDOMIZE_MEM_INIT
`define RANDOMIZE
`endif
`ifndef RANDOM
`define RANDOM $random
`endif
`ifdef RANDOMIZE_MEM_INIT
  integer initvar;
`endif
`ifndef SYNTHESIS
`ifdef FIRRTL_BEFORE_INITIAL
`FIRRTL_BEFORE_INITIAL
`endif
initial begin
  `ifdef RANDOMIZE
    `ifdef INIT_RANDOM
      `INIT_RANDOM
    `endif
    `ifndef VERILATOR
      `ifdef RANDOMIZE_DELAY
        #`RANDOMIZE_DELAY begin end
      `else
        #0.002 begin end
      `endif
    `endif
`ifdef RANDOMIZE_REG_INIT
  _RAND_0 = {1{`RANDOM}};
  pc = _RAND_0[31:0];
`endif // RANDOMIZE_REG_INIT
  `endif // RANDOMIZE
end // initial
`ifdef FIRRTL_AFTER_INITIAL
`FIRRTL_AFTER_INITIAL
`endif
`endif // SYNTHESIS
endmodule